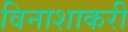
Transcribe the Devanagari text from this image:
विनाशाकरी